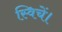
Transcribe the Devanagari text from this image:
स्विचें।